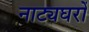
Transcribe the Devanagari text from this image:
नाट्यघरों